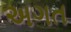
અગત